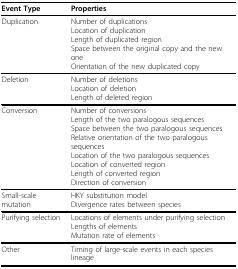
| Event Type | Properties |
 | --- | --- |
 | Duplication | Number of duplicationsLocation of duplicationLength of duplicated regionSpace between the original copy and the new oneOrientation of the new duplicated copy |
 | Deletion | Number of deletionsLocation of deletionLength of deleted region |
 | Conversion | Number of conversionsLength of the two paralogous sequencesSpace between the two paralogous sequencesRelative orientation of the two paralogous sequencesLocation of the two paralogous sequencesLocation of converted regionLength of converted regionDirection of conversion |
 | Small-scale mutation | HKY substitution modelDivergence rates between species |
 | Purifying selection | Locations of elements under purifying selectionLengths of elementsMutation rate of elements |
 | Other | Timing of large-scale events in each species lineage |